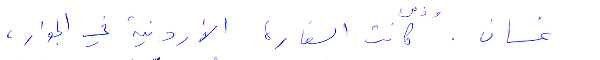
غسان. وذلك كانت السفارة الأردنية في الجوار،